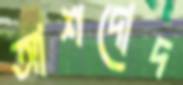
আশদোদ